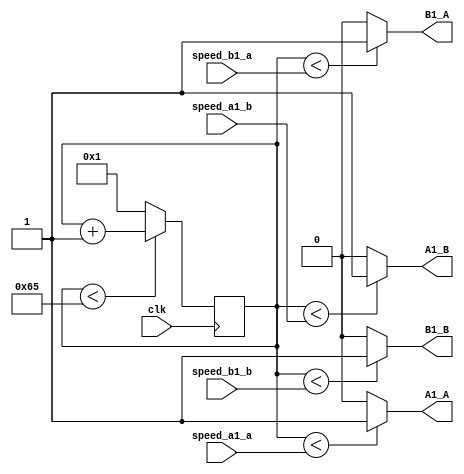
module sm_0535_pwm(
   input clk,
	input [6:0] speed_a1_a , // speed of right motor 
	input [6:0] speed_a1_b , // speed of right motor
	input [6:0] speed_b1_a , // speed of left motor
	input [6:0] speed_b1_b , // speed of left motor
	output A1_A,
	output A1_B,
	output B1_A,
	output B1_B
	);

	reg [6:0] counter = 1;


	assign A1_A = (counter < speed_a1_a) ? 1:0;
	assign A1_B = (counter < speed_a1_b) ? 1:0;
	assign B1_A = (counter < speed_b1_a) ? 1:0;
	assign B1_B = (counter < speed_b1_b) ? 1:0;


	always@ (posedge clk)
   begin
      if(counter < 101)
		begin 
		   counter <= counter + 1;
		end
		else
		begin
		   counter <= 1;
		end
	end

endmodule